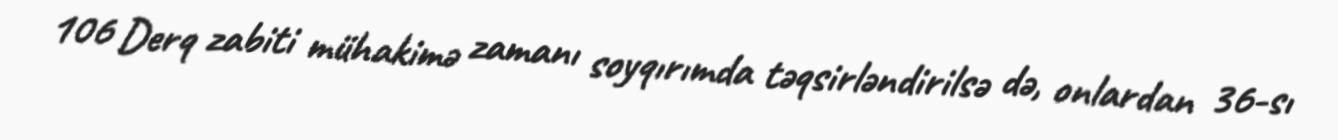
106 Derq zabiti mühakimə zamanı soyqırımda təqsirləndirilsə də, onlardan 36-sı